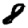
Digit: 8